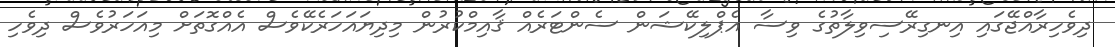
ދިވެހިރާއްޖޭގައި އިނގިރޭސިވިލާތުގެ ވިސާ އެޕްލިކޭޝަން ސެންޓަރެއް ޤާއިމްކުރުން މިދިޔައަހަރެކޭވެސް އެއްގޮތަށް މިއަހަރުވެސް ދިވެހި